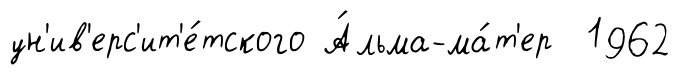
ун'ив'ерс'ит'е́тского А́льма-ма́т'ер 1962